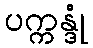
ပက္ကန္ဒုံ